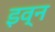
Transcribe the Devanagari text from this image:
इव्न